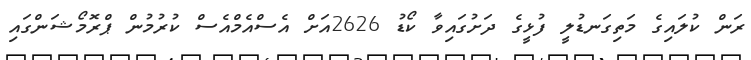
ރަން ކުލައިގެ މަތިގަނޑުލީ ފުޅީގެ ދަށުގައިވާ ކޯޑު 2626އަށް އެސްއެމްއެސް ކުރުމުން ޕްރޮމޯޝަންގައި